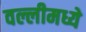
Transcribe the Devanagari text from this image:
वल्लीमध्ये